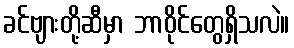
ခင်ဗျားတို့ဆီမှာ ဘာဝိုင်တွေရှိသလဲ။